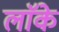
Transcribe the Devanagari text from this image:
लाॅके